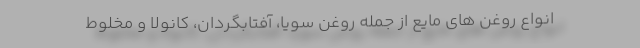
انواع روغن های مایع از جمله روغن سویا، آفتابگردان، کانولا و مخلوط